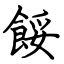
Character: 餒